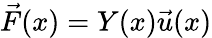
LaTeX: \vec{F}(x)=Y(x)\vec{u}(x)